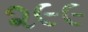
૨૯૯